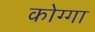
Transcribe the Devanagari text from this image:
कोग्गा